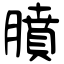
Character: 膹